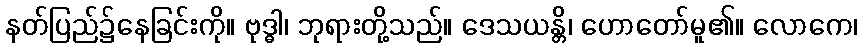
နတ်ပြည်၌နေခြင်းကို။ ဗုဒ္ဓါ၊ ဘုရားတို့သည်။ ဒေသယန္တိ၊ ဟောတော်မူ၏။ လောကေ၊